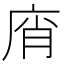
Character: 𢈭